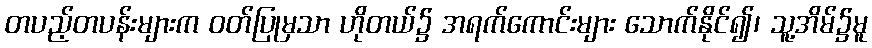
တပည့်တပန်းများက ဝတ်ပြုမှသာ ဟိုတယ်၌ အရက်ကောင်းများ သောက်နိုင်၍၊ သူ့အိမ်၌မူ